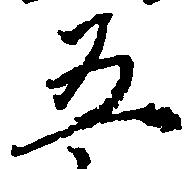
五